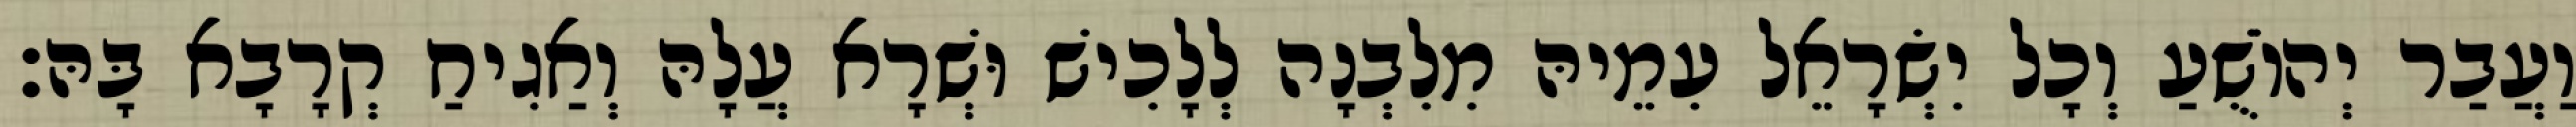
וַעֲבַר יְהוֹשֻׁעַ וְכָל יִשְׂרָאֵל עִמֵיהּ מִלִבְנָה לְלָכִישׁ וּשְׁרָא עֲלָהּ וְאַגִיחַ קְרָבָא בָּהּ׃